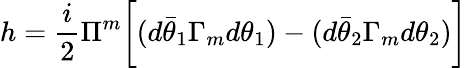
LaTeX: h={\frac{i}{2}}\Pi^{m}\biggl[(d\bar{\theta}_{1}\Gamma_{m}d\theta_{1})-(d\bar{\theta}_{2}\Gamma_{m}d\theta_{2})\biggr]